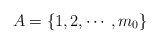
\begin{align*} A=\{1,2,\cdots,m_{0}\} \end{align*}